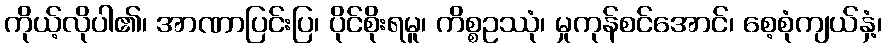
ကိုယ့်လိုပါ၏၊ အာဏာပြင်းပြ၊ ပိုင်စိုးရမူ၊ ကိစ္စဥဿုံ၊ မှုကုန်စင်အောင်၊ စေ့စုံကျယ်နှံ့၊